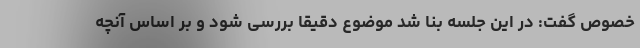
خصوص گفت: در این جلسه بنا شد موضوع دقیقا بررسی شود و بر اساس آنچه